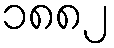
၁၈၈၂